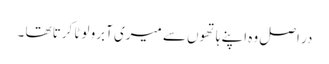
در اصل وہ اپنے ہاتھوں سے میری آبرو لوٹا کرتا تھا ۔